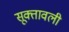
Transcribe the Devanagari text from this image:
सूक्तावली